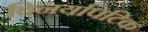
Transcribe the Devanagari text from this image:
विनयपिटिक